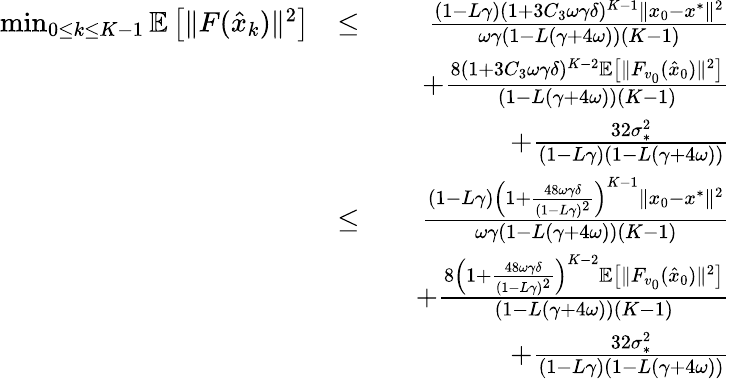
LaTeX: \begin{array}{rlr}{\operatorname*{min}_{0\leq k\leq K-1}\mathbb{E}\left[\| F(\hat{x}_{k})\| ^{2}\right]}&{\leq}&{\frac{(1-L\gamma)(1+3C_{3}\omega\gamma\delta)^{K-1}\| x_{0}-x^{*}\| ^{2}}{\omega\gamma(1-L(\gamma+4\omega))(K-1)}}\\ &{}&{\quad+\frac{8(1+3C_{3}\omega\gamma\delta)^{K-2}\mathbb{E}\left[\| F_{v_{0}}(\hat{x}_{0})\| ^{2}\right]}{(1-L(\gamma+4\omega))(K-1)}}\\ &{}&{\quad+\frac{32\sigma_{*}^{2}}{(1-L\gamma)(1-L(\gamma+4\omega))}}\\ &{\leq}&{\frac{(1-L\gamma)\left(1+\frac{48\omega\gamma\delta}{(1-L\gamma)^{2}}\right)^{K-1}\| x_{0}-x^{*}\| ^{2}}{\omega\gamma(1-L(\gamma+4\omega))(K-1)}}\\ &{}&{\quad+\frac{8\left(1+\frac{48\omega\gamma\delta}{(1-L\gamma)^{2}}\right)^{K-2}\mathbb{E}\left[\| F_{v_{0}}(\hat{x}_{0})\| ^{2}\right]}{(1-L(\gamma+4\omega))(K-1)}}\\ &{}&{\quad+\frac{32\sigma_{*}^{2}}{(1-L\gamma)(1-L(\gamma+4\omega))}}\end{array}